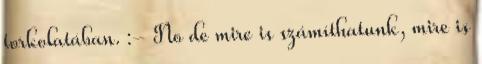
torkolatában. :- No de mire is számíthatunk, mire is